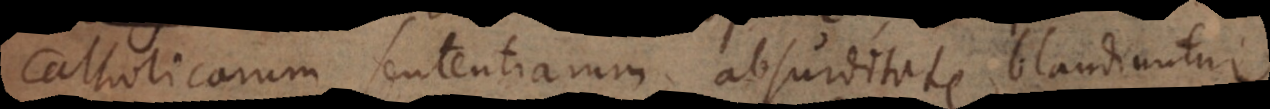
catholicarum sententiarum absurditate blandiuntur,